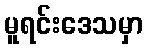
မူရင်းဒေသမှာ